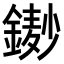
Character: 𨫺